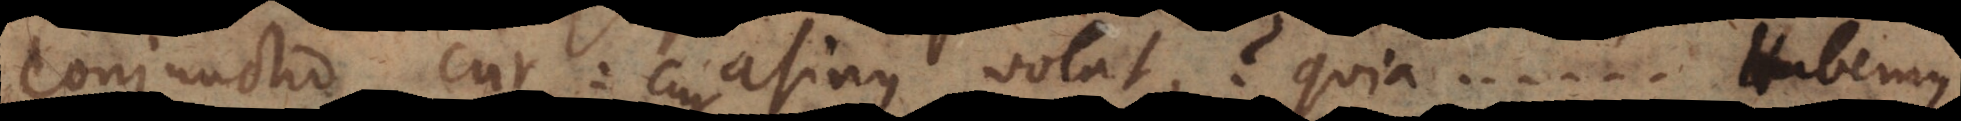
conjunctio cur: cur asinus volat? quia..... Habe